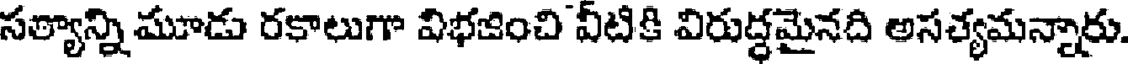
సత్యాన్ని మూడు రకాలుగా విభజించి వీటికి విరుద్ధమైనది అసత్యమన్నారు.